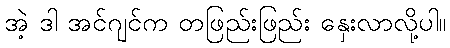
အဲ့ ဒါ အင်ဂျင်က တဖြည်းဖြည်း နှေးလာလို့ပါ။